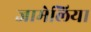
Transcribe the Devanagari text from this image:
जामेलिया